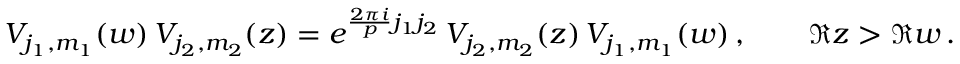
V _ { j _ { 1 } , m _ { 1 } } ( w ) \, V _ { j _ { 2 } , m _ { 2 } } ( z ) = e ^ { \frac { 2 \pi i } { p } j _ { 1 } j _ { 2 } } \, V _ { j _ { 2 } , m _ { 2 } } ( z ) \, V _ { j _ { 1 } , m _ { 1 } } ( w ) \, , \qquad \Re z > \Re w \, .